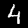
Digit: 4